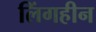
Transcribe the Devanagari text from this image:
लिंगहीन